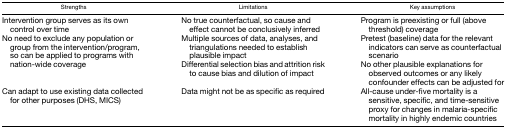
| Strengths | Limitations | Key assumptions |
 | --- | --- | --- |
 | Intervention group serves as its own control over time | No true counterfactual, so cause and effect cannot be conclusively inferred | Program is preexisting or full (above threshold) coverage |
 | <ROWSPAN=2> No need to exclude any population or group from the intervention/program, so can be applied to programs with nation-wide coverage | Multiple sources of data, analyses, and triangulations needed to establish plausible impact | Pretest (baseline) data for the relevant indicators can serve as counterfactual scenario |
 | Differential selection bias and attrition risk to cause bias and dilution of impact | No other plausible explanations for observed outcomes or any likely confounder effects can be adjusted for |
 | Can adapt to use existing data collected for other purposes (DHS, MICS) | Data might not be as specific as required | All-cause under-five mortality is a sensitive, specific, and time-sensitive proxy for changes in malaria-specific mortality in highly endemic countries |